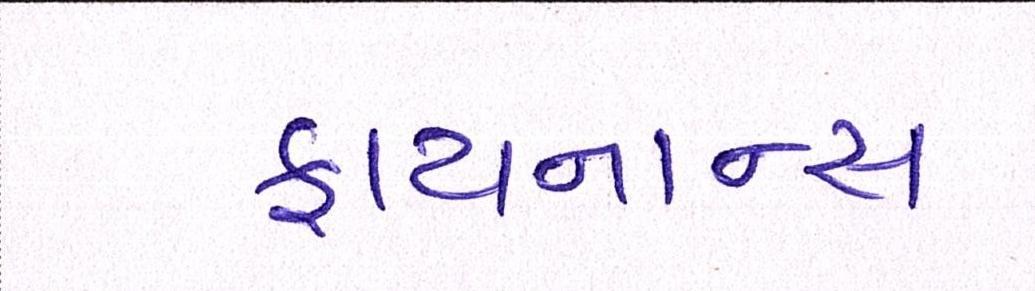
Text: ફાયનાન્સ